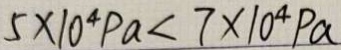
5 \times 1 0 ^ { 4 } P a < 7 \times 1 0 ^ { 4 } P a